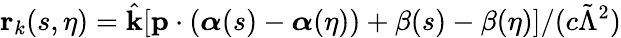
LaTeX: \mathbf{r}_{k}(s,\eta)=\hat{\mathbf{k}}[\mathbf{p}\cdot({\boldsymbol\alpha}(s)-{\boldsymbol\alpha}(\eta))+\beta(s)-\beta(\eta)]/(c\tilde{\Lambda}^{2})